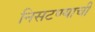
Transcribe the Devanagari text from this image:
निसटण्याची